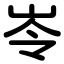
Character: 岺